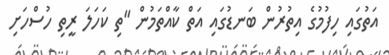
އަތުގައި ހިފުމުގެ އިތުރުން ބަނޑުގައި އަތް ކާއްތަމުން "ތި ކަހަލަ ރީތި ހުސްހަށި